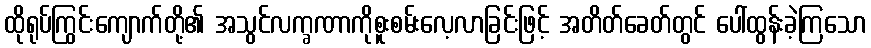
ထိုရုပ်ကြွင်းကျောက်တို့၏ အသွင်လက္ခဏာကိုစူးစမ်းလေ့လာခြင်းဖြင့် အတိတ်ခေတ်တွင် ပေါ်ထွန်းခဲ့ကြသော